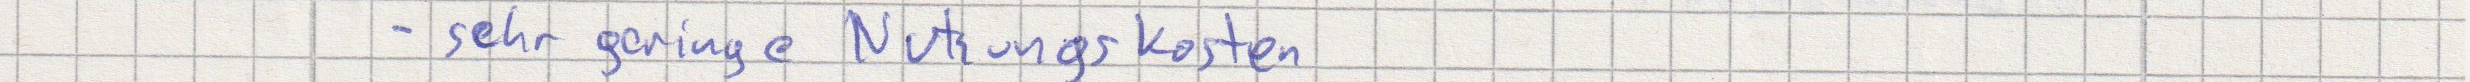
- sehr geringe Nutzungskosten